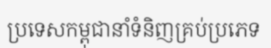
ប្រទេសកម្ពុជានាំទំនិញគ្រប់ប្រភេទ